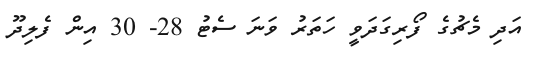
އަދި މެޗުގެ ފޯރިގަދަވީ ހަތަރު ވަނަ ސެޓު 28- 30 އިން ފެލިދޫ